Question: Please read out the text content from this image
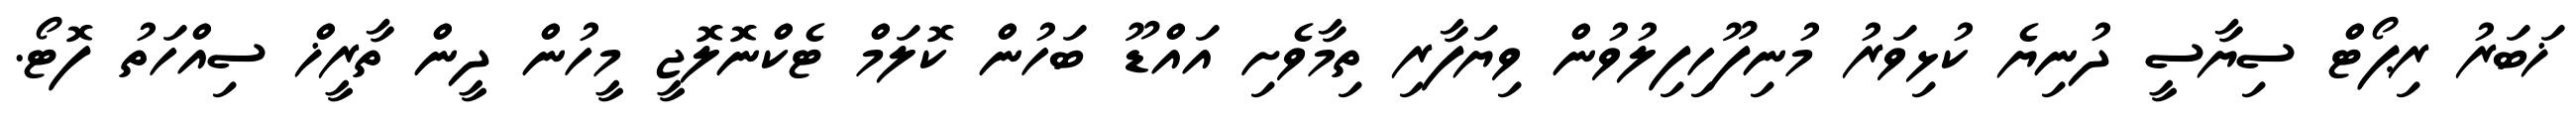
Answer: ޚަބަރު ރިޕޯޓް ސިޔާސީ ދުނިޔެ ކުޅިވަރު މުނިފޫހިފިލުވުން ވިޔަފާރި ތިމާވެށި އައްޑޫ ބަހުން ކޮލަމް ޓެކްނޮލޮޖީ މީހުން ދީން ތާރީޚް ސިއްހަތު ފޮޓޯ.